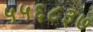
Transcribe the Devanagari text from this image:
५५६८३७